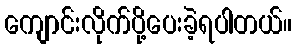
ကျောင်းလိုက်ပို့ပေးခဲ့ရပါတယ်။